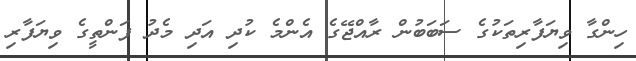
ހިންގާ ވިޔަފާރިތަކުގެ ސަބަބުން ރާއްޖޭގެ އެންމެ ކުދި އަދި މެދު ފަންތީގެ ވިޔަފާރި